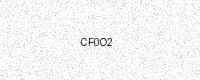
Text: CF0O2